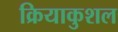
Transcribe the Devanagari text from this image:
क्रियाकुशल